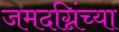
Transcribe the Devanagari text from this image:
जमदग्निंच्या